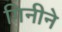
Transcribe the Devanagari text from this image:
गिनीने